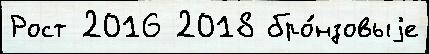
Рост 2016 2018 бро́нзовыjе